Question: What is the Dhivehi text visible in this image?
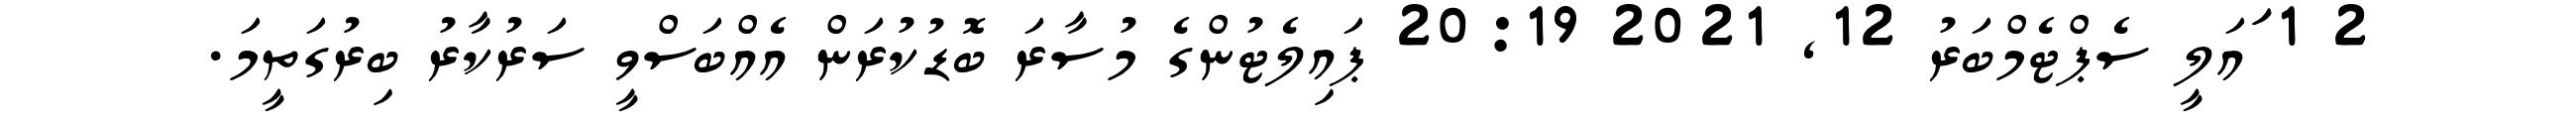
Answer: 2 1 ަަަައަލީ ސެޕްޓެމްބަރު 12, 2021 20:19 ޕައިލެޓުންގެ މުސާރަ ބޮޑުކުރަން އެއްބަސްވީ ސަރުކާރު ބިރުގަތީމަ.